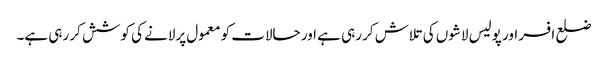
ضلع افسر اور پولیس لاشوں کی تلاش کر رہی ہے اور حالات کو معمول پرلانے کی کوشش کر رہی ہے۔